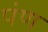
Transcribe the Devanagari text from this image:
पंण